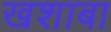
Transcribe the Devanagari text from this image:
खशाबा